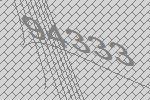
94333